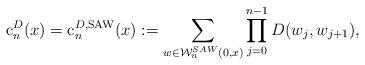
LaTeX: \begin{align*} \mathrm{c}^{D}_n(x)= \mathrm{c}^{D,\mathrm{SAW}}_n(x) &:=\sum_{w\in\mathcal{W}_n^{SAW}(0,x)}\prod_{j=0}^{n-1} D(w_{j},w_{j+1}), \end{align*}